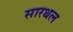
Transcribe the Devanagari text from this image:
सारथल